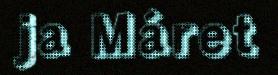
ja Máret